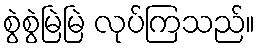
စွဲစွဲမြဲမြဲ လုပ်ကြသည်။